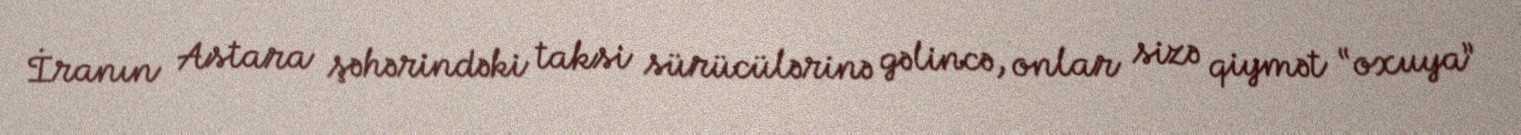
İranın Astara şəhərindəki taksi sürücülərinə gəlincə, onlar sizə qiymət “oxuya”